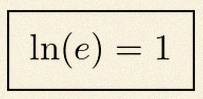
\ln(e)=1